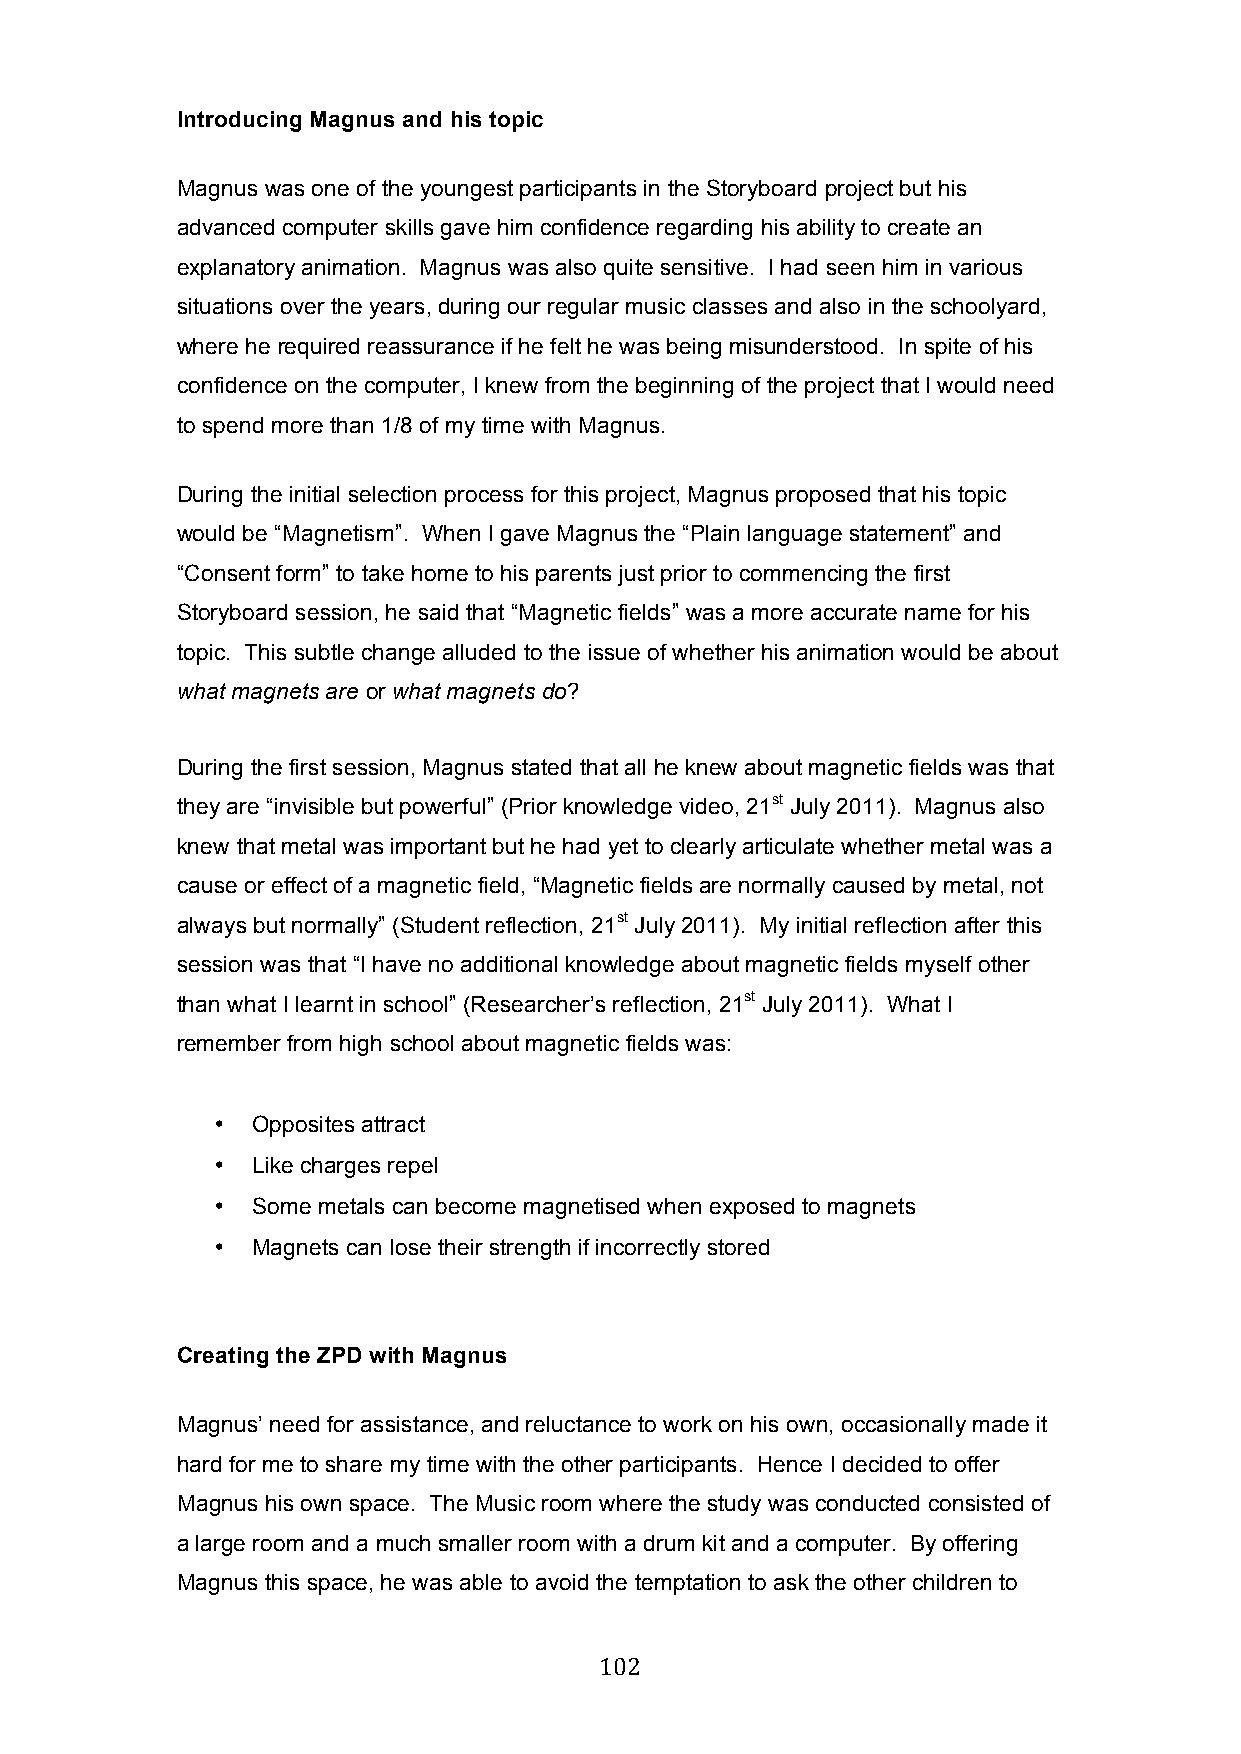
Introducing Magnus and his topic
 Magnus was one of the youngest participants in the Storyboard project but his
 advanced computer skills gave him confidence regarding his ability to create an
 explanatory animation. Magnus was also quite sensitive. I had seen him in various
 situations over the years, during our regular music classes and also in the schoolyard,
 where he required reassurance if he felt he was being misunderstood. In spite of his
 confidence on the computer, I knew from the beginning of the project that I would need
 to spend more than 1/8 of my time with Magnus.
 During the initial selection process for this project, Magnus proposed that his topic
 would be “Magnetism”. When I gave Magnus the “Plain language statement” and
 “Consent form” to take home to his parents just prior to commencing the first
 Storyboard session, he said that “Magnetic fields” was a more accurate name for his
 topic. This subtle change alluded to the issue of whether his animation would be about
 what magnets are or what magnets do?
 During the first session, Magnus stated that all he knew about magnetic fields was that
 they are “invisible but powerful” (Prior knowledge video, 21st July 2011). Magnus also
 knew that metal was important but he had yet to clearly articulate whether metal was a
 cause or effect of a magnetic field, “Magnetic fields are normally caused by metal, not
 always but normally” (Student reflection, 21st July 2011). My initial reflection after this
 session was that “I have no additional knowledge about magnetic fields myself other
 than what I learnt in school” (Researcher’s reflection, 21st July 2011). What I
 remember from high school about magnetic fields was:
 •  Opposites attract
 •  Like charges repel
 •  Some metals can become magnetised when exposed to magnets
 •  Magnets can lose their strength if incorrectly stored
 Creating the ZPD with Magnus
 Magnus’ need for assistance, and reluctance to work on his own, occasionally made it
 hard for me to share my time with the other participants. Hence I decided to offer
 Magnus his own space. The Music room where the study was conducted consisted of
 a large room and a much smaller room with a drum kit and a computer. By offering
 Magnus this space, he was able to avoid the temptation to ask the other children to
 102